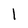
Character: l